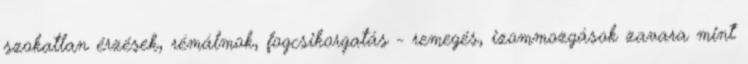
szokatlan érzések, rémálmok, fogcsikorgatás - remegés, izommozgások zavara mint